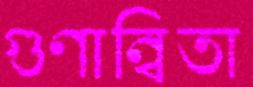
গুণান্বিতা